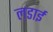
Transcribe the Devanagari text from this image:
ल़डाई